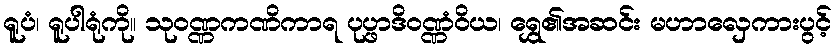
ရူပံ၊ ရူပါရုံကို။ သုဝဏ္ဏကဏိကာရ ပုပ္ဖာဒိဝဏ္ဏံဝိယ၊ ရွှေ၏အဆင်း မဟာလှေကားပွင့်